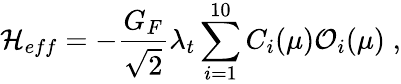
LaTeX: {\cal H}_{eff}=-\frac{G_{F}}{\sqrt{2}}\lambda_{t}\sum_{i=1}^{10}C_{i}(\mu){\cal O}_{i}(\mu)\; ,